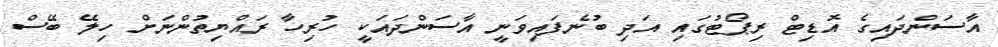
އާސަންދައިގެ އޮޑިޓް ރިޕޯޓުގައި އަދި ބުނެފައިވަނީ އާސަންދައަކީ ހުރިހާ ރައްޔިތުންނަށް ހިލޭ ބޭސް